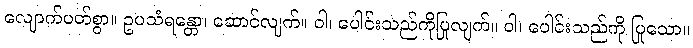
လျောက်ပတ်စွာ။ ဥပသံရန္တော၊ ဆောင်လျက်။ ဝါ၊ ပေါင်းသည်ကိုပြုလျက်။ ဝါ၊ ပေါင်းသည်ကို ပြုသော။